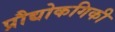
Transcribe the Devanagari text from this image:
प्रौद्योकगिकी